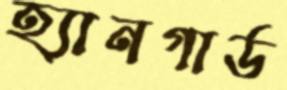
হ্যানগার্ড